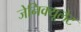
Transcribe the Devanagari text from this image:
जेनिक्यूलेट